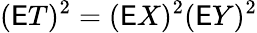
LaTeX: (\mathsf ET)^{2}=(\mathsf EX)^{2}(\mathsf EY)^{2}